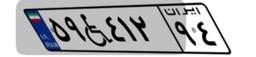
۰۹W۷۳۶۴۰